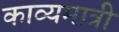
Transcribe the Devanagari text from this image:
काव्यमात्री